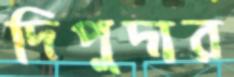
দিপুদার